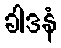
ခါဒနံ